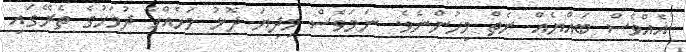
އެއްވެސް ބައްޔެއް ނެތް މީހުންނެވެ. ނަމަވެސް މިދިޔަ ދޮޅު މަހެއްހާ ދުވަހުގެ ތެރޭގައި